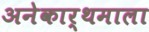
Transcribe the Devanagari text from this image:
अनेकार्थमाला